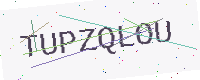
Text: TUPZQLOU